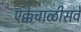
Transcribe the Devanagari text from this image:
एक्केचाळीसवे